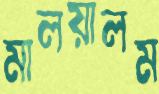
মালয়ালম